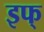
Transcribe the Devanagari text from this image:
इफ्